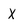
Character: X